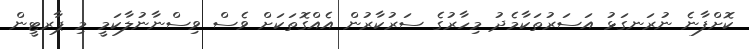
ކޮށްފާނެ ނުރަނގަޅު އަސަރުތަކާމެދު މިހާރުގެ ސަރުކާރުން އެއްގޮތަކަށް ވެސް ވިސްނާނުލާކަމީ މި ޕާރޓީން